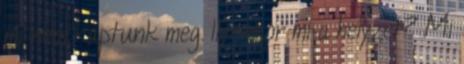
mi nem kaptunk meg. Ilyenkor mi a helyzet? Mi